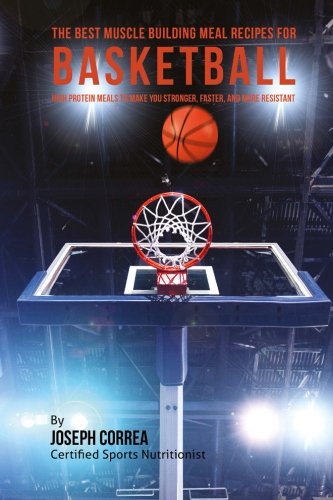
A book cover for The Best Muscle Building Meal Recipes for Basketball: High Protein Meals to Make You Stronger, Faster, and More Resistant; Joseph Correa (Certified Sports Nutritionist); Sports & Outdoors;